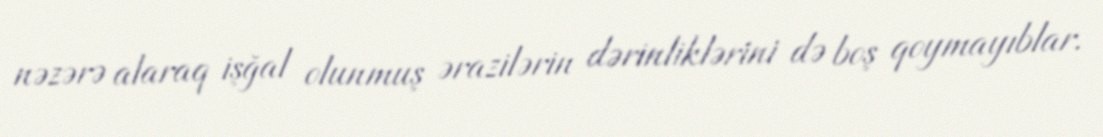
nəzərə alaraq işğal olunmuş ərazilərin dərinliklərini də boş qoymayıblar.